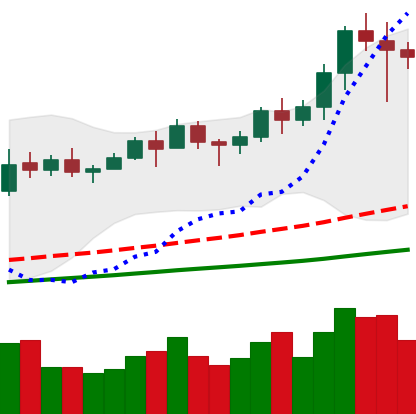
Ticker: LINK-USD
Chart end date: 2021-02-16
Forward return: 6.816%
Label: up_5_7